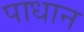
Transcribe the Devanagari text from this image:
पाधान